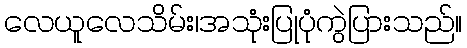
လေယူလေသိမ်း၊အသုံးပြုပုံကွဲပြားသည်။